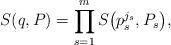
LaTeX: \begin{align*}S(q, P) = \prod_{s = 1}^m S\big(p_s^{j_s}, P_s\big),\end{align*}